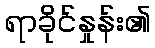
ရာခိုင်နှုန်း၏